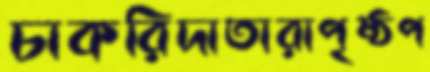
চাকরিদাতারাপৃষ্ঠপ